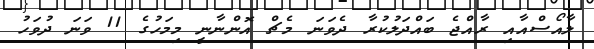
ލާއޯސްއާއި ރާއްޖެ ބައްދަލުކުރާ ދެވަނަ މެޗް އޮންނާނީ މިމަހުގެ 11 ވަަނަ ދުވަހު